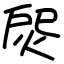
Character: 焈